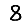
Digit: 8